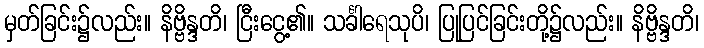
မှတ်ခြင်း၌လည်း။ နိဗ္ဗိန္ဒတိ၊ ငြီးငွေ့၏။ သင်္ခါရေသုပိ၊ ပြုပြင်ခြင်းတို့၌လည်း။ နိဗ္ဗိန္ဒတိ၊